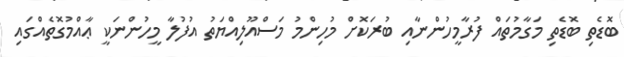
ބޮޑެތި ބޮޑެތި މަގާމުތައް ފުރާމީހުންނާއި ބުރަކޮށް މުހިންމު މަސްއޫލިއްޔަތު އުފުލާ މީހުންނަކީ ޢާއްމުގޮތެއްގައި